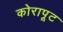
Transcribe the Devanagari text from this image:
कोरापूट